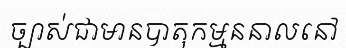
ច្បាស់ជាមានបាតុកម្មននាលនៅ